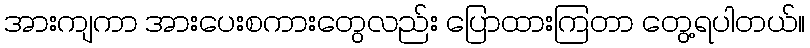
အားကျကာ အားပေးစကားတွေလည်း ပြောထားကြတာ တွေ့ရပါတယ်။